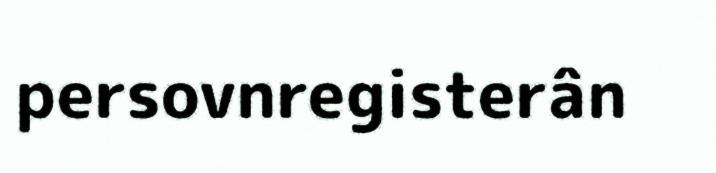
persovnregisterân